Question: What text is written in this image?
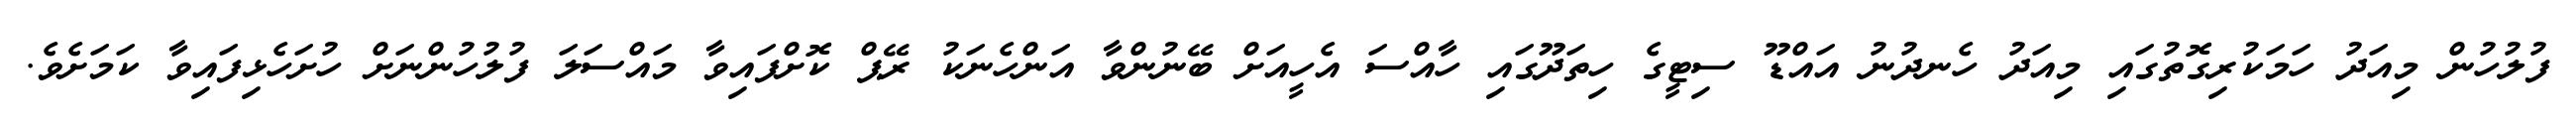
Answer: ފުލުހުން މިއަދު ހަމަކުރިގޮތުގައި މިއަދު ހެނދުނު އައްޑޫ ސިޓީގެ ހިތަދޫގައި ހާއްސަ އެހީއަށް ބޭނުންވާ އަންހެނަކު ރޭޕް ކޮށްފައިވާ މައްސަލަ ފުލުހުންނަށް ހުށަހެޅިފައިވާ ކަމަށެވެ.